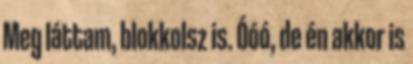
Meg láttam, blokkolsz is. Óóó, de én akkor is